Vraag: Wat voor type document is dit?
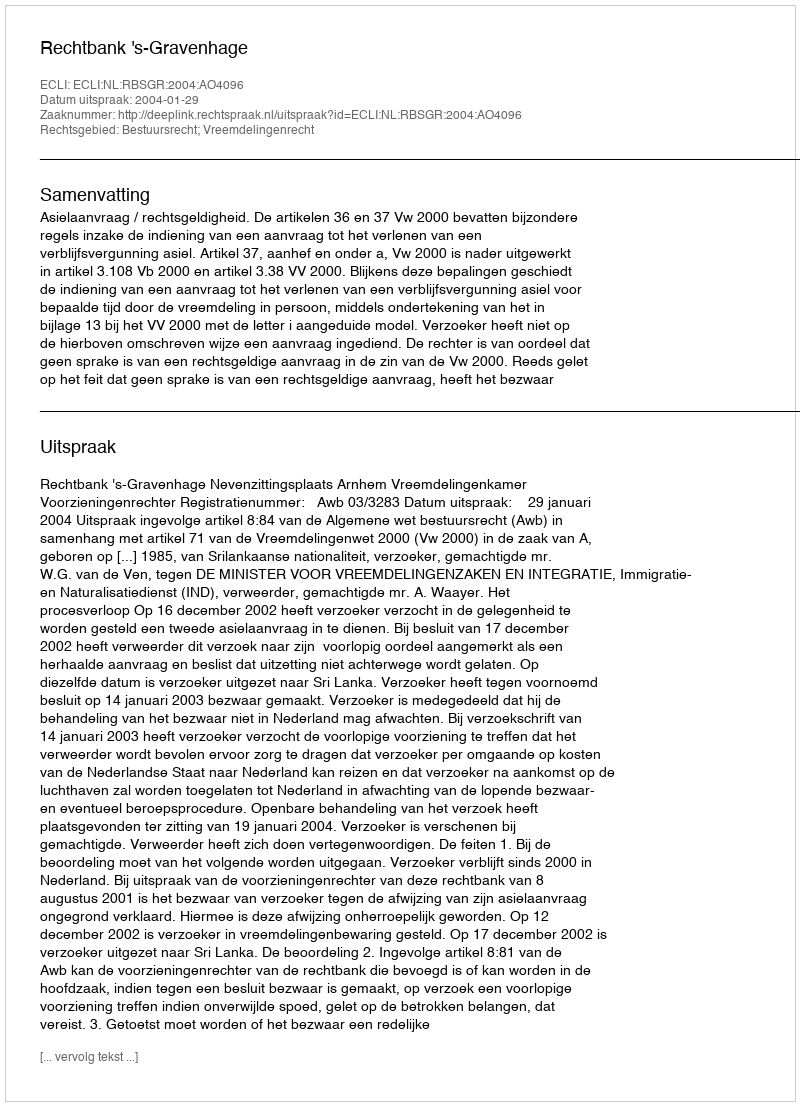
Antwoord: Uitspraak